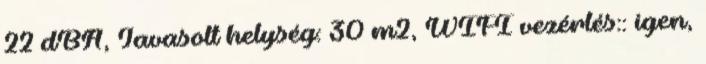
22 dBA, Javasolt helység: 30 m2, WIFI vezérlés:: igen,